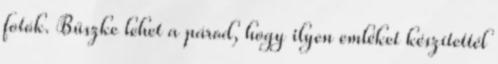
fotók. Büszke lehet a párod, hogy ilyen emléket készítettél